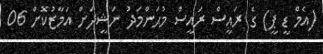
(އެމް ޑީ ޕީ) ގެ ރައީސް ރައީސް މުޙަންމަދު ނަޝީދަށް އަމާޒުކޮށް 06